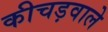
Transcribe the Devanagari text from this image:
कीचड़वाले